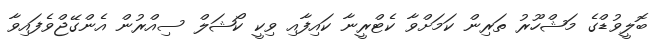
ބޮލީވުޑްގެ މަޝްހޫރު ތަރިން ކަމަށްވާ ކެޓްރީނާ ކައިފާއި ވިކީ ކޯޝަލް ސިއްރުން އެންގޭޖްވެފައިވާ